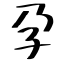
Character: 孕